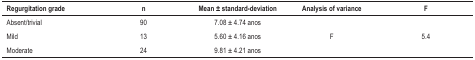
<table><thead><tr><td><b>Regurgitation grade</b></td><td><b>n</b></td><td><b>Mean ± standard-deviation</b></td><td><b>Analysis of variance</b></td><td><b>F</b></td></tr></thead><tbody><tr><td>Absent/trivial</td><td>90</td><td>7.08 ± 4.74 anos</td><td rowspan="3">F</td><td rowspan="3">5.4</td></tr><tr><td>Mild</td><td>13</td><td>5.60 ± 4.16 anos</td></tr><tr><td>Moderate</td><td>24</td><td>9.81 ± 4.21 anos</td></tr></tbody></table>